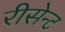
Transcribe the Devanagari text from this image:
रीसेन्ट